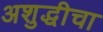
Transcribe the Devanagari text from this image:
अशुद्धीचा